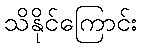
သိနိုင်ကြောင်း